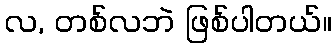
လ, တစ်လဘဲ ဖြစ်ပါတယ်။